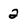
Character: 2